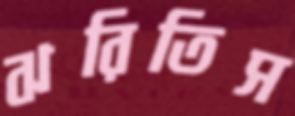
ঝরিতিস